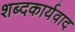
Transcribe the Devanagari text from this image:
शब्दकार्यवाद